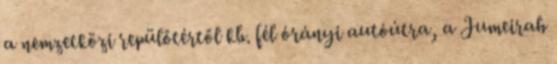
a nemzetközi repülőtértől kb. fél órányi autóútra, a Jumeirah